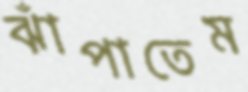
ঝাঁপাতেম